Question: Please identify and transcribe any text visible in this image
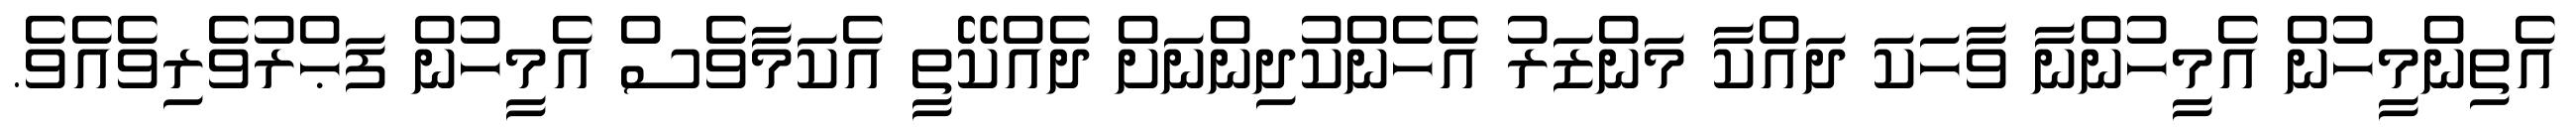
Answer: އެތިންމީހުން އެމީހުންނާ ވާހަކަ ދައްކާ މަންޒަރު އެހެންކުދިންނަށް ދެއްކޭތީ އެކަމާވެސް އެމީހުން ފަޙްރުވެރިވެއެވެ.